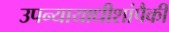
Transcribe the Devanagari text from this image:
उपन्यायाधीशांपैकी